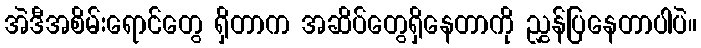
အဲဒီအစိမ်းရောင်တွေ ရှိတာက အဆိပ်တွေရှိနေတာကို ညွှန်ပြနေတာပါပဲ။